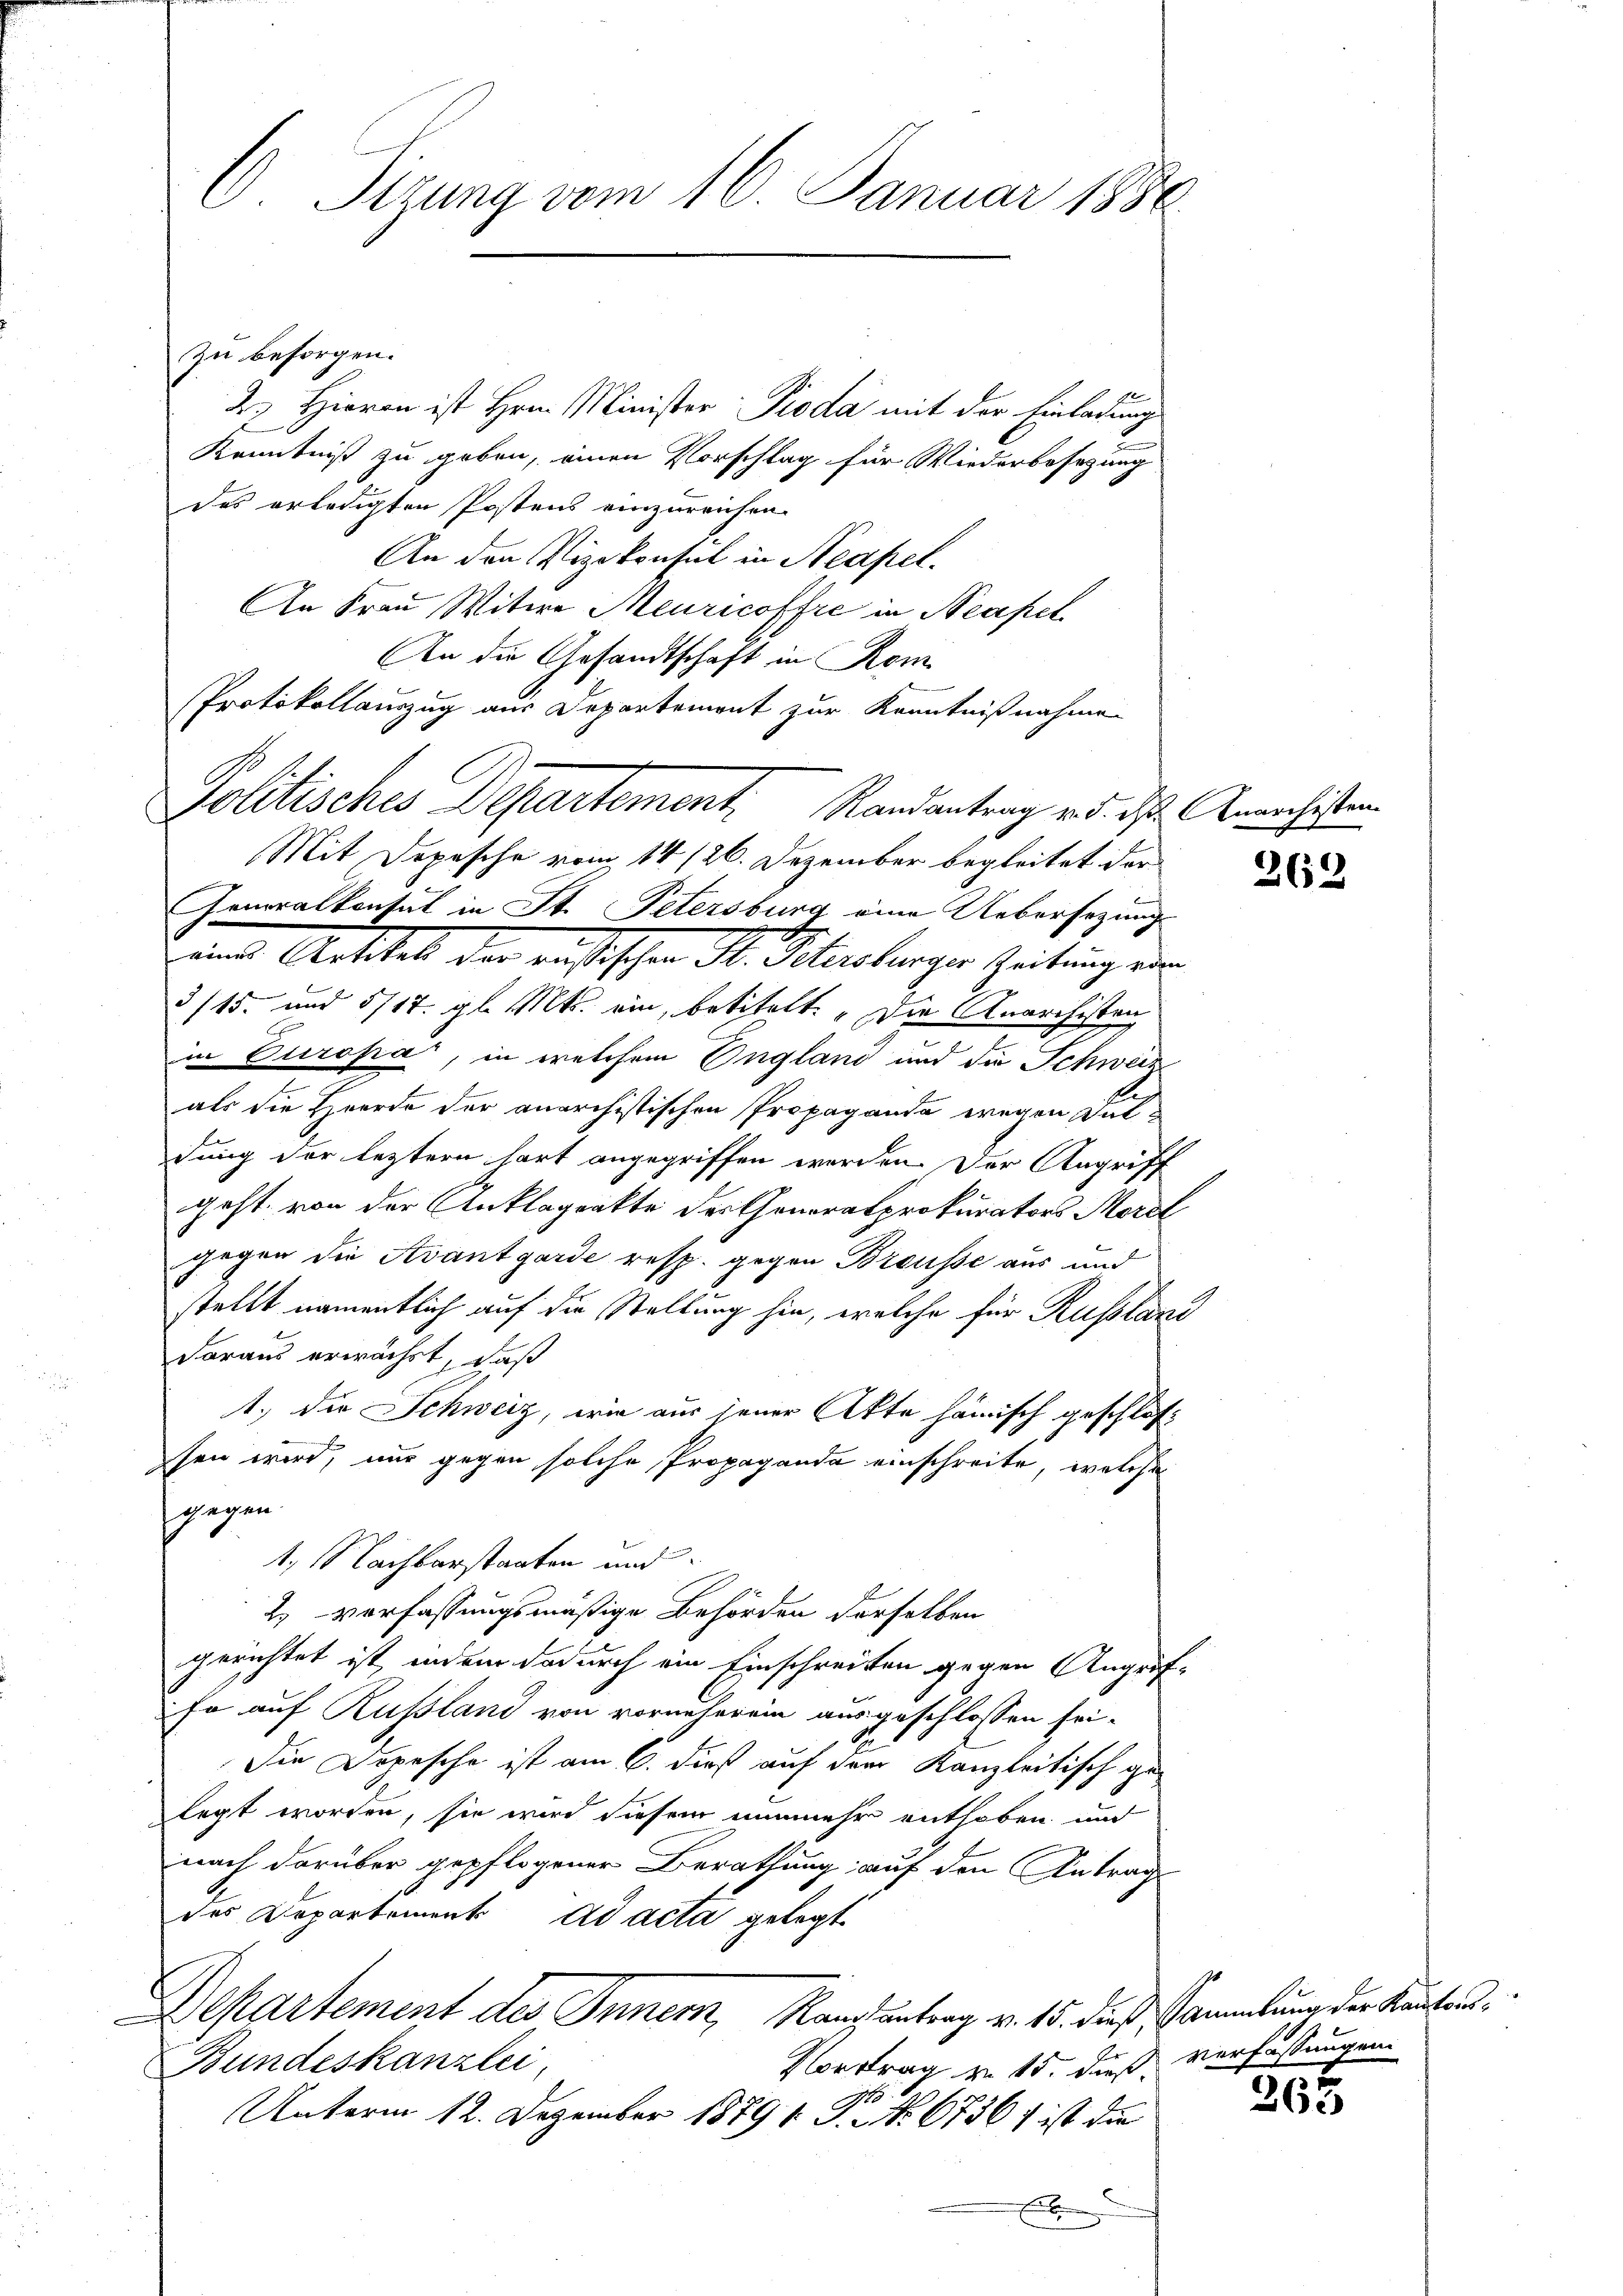
zu besorgen.
2. Hieran ist Hrn. Minister Pioda mit der Einladung
Kenntniß zu geben, einen Vorschlag für Wiederbesetzung
das erledigten Postens einzureichen.
An den Vizekonsul in Neapel-
An Frau Witwe Meuricoffre in Neapel
An die Gesandtschaft in Rom
Protokollauszug aus Departement zur Kenntnißnahmen
Mit Depesche vom 14. 126. Dezember begleitet der
Generalkonsul in St. Petersburg eine Uebersezungs-
eine Artikel der aussischen M. Schuberger Zeitung un
5/15. und 5/17. gl. Mts. ein, betitelt. „Die Anarchistanz
in Europa, in welchem Ungland und die Schweiz
als die Heerde der anarchistischen Propaganda wegen Sul
dung der letztern hart angegriffen worden. Der Angriff
geht, von der Anklagenkte der Generalprokurators Morel
gegen die Avantgarde resp. gegen Brousse aus und
stellt namentlich auf die Stellung hin, welche für Russlazi
daraus erwächst, daß
1.) Die Schweiz, wie aus jener Akte hämisch geschlossen wird, nur gegen solche Propaganda einschreite, welche
gegen.
1. Nachbarstaaten und
2. Verfassungsmäßige Behörden derselben
gerichtet ist, indem dadurch ein Einschreiten gegen Angriffe auf Russland von vornäherein ausgeschlossen sei.
Die Dopesche ist am 6. dieß auf dem Kanzleitisch gelegt worden, sie wird diesem nunmehr enthoben und
nach darüber gepflogener Berathung auf den Antrag
des Departement ad acta gelegt
Departement des Inner, Kanzentrag v. 15. dieß Sammlung der Kantons¬
Vortrag von 15. dieß, Verfassungen.
Bundeskanzlei,
o
Unterm 12. Dezember 1879 v. J. No. 6736) ist die
.

C. Sizung vom 16. Januar 1886

Politisches Departement. Randantrag und das Anwachsten

262

263